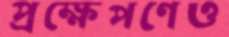
প্রক্ষেপণেও